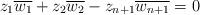
LaTeX: \begin{align*}z_1\overline{w_1}+z_2\overline{w_2}-z_{n+1}\overline{w_{n+1}}=0\end{align*}